Annual report on the health of the army in India
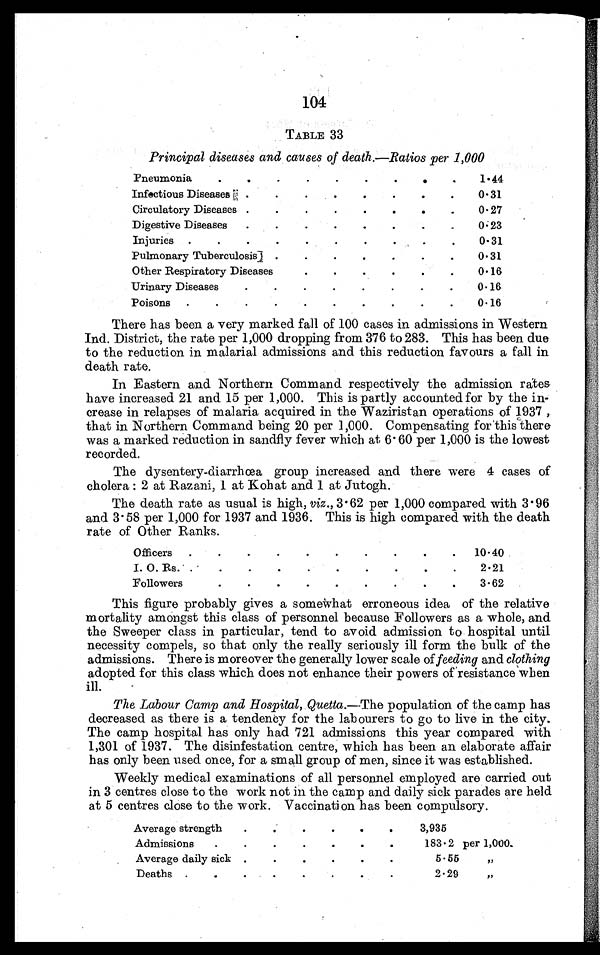
104
TABLE 33
Principal diseases and causes of death.—.Ratios per 1,000
Pneumonia
.
.
.
.
.
.
.
.
.
1.44
Infectious Diseases .
.
.
.
.
.
.
0.31
Circulatory Diseases .
.
.
.
.
.
.
.
0.27
Digestive Diseases
.
.
.
.
.
.
.
0.23
Injuries .
.
.
.
.
.
.
.
.
.
0.31
Pulmonary Tuberculosis] .
.
.
.
.
.
.
0.31
Other Respiratory Diseases
0.16
Urinary Diseases
.
.
.
.
.
.
.
.
0.16
Poisons
. . . .
.
.
.
.
.
.
0.16
There has been a very marked fall of 100 cases in admissions in Western
Ind. District, the rate per 1,000 dropping from 376 to 283. This has been due
to the reduction in malarial admissions and this reduction favours a fall in
death rate.
In Eastern and Northern Command respectively the admission rates
have increased 21 and 15 per 1,000. This is partly accounted for by the in-
crease in relapses of malaria acquired in the Waziristan operations of 1937 ,
that in Northern Command being 20 per 1,000. Compensating for this there
was a marked reduction in sandfly fever which at 6 . 60 per 1,000 is the lowest
recorded.
The dysentery-diarrhœa group increased and there were 4 cases of
cholera : 2 at Razani, 1 at Kohat and 1 at Jutogh.
The death rate as usual is high, viz., 3 . 62 per 1,000 compared with 3.96
and 3 . 58 per 1,000 for 1937 and 1936. This is high compared with the death
rate of. Other Ranks.
Officers
.
.
.
.
.
.
.
.
.
.
10.40
I. O. Rs. . '
.
.
.
.
.
.
.
.
.
2.21
Followers
.
.
.
.
.
.
.
.
.
3.62
This figure probably gives a somewhat erroneous idea of the relative
mortality amongst this class of personnel because Followers as a whole, and
the Sweeper class in particular, tend to avoid admission to hospital until
necessity compels, so that only the really seriously ill form the bulk of the
admissions. There is moreover the generally lower scale of feeding and clothing
adopted for this class which does not enhance their powers of resistance when
ill.
The Labour Camp and Hospital, Quetta.--The population of the camp has
decreased as there is a tendency for the labourers to go to live in the city.
The camp hospital has only had 721 admissions this year compared with
1,301 of 1937. The disinfestation centre, which has been an elaborate affair
has only been used once, for a small group of men, since it was established.
Weekly medical examinations of all personnel employed are carried out
in 3 centres close to the work not in the camp and daily sick parades are held
at 5 centres close to the work. Vaccination has been compulsory.
Average strength
.
.
.
.
.
.
3,935
Admissions
.
.
.
.
.
.
.
183.2 per 1,000.
Average daily sick .
.
.
.
.
.
5.55
,,
Deaths .
.
.
.
.
.
2.29
,,